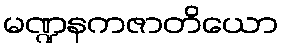
မဏ္ဍနကဇာတိယော